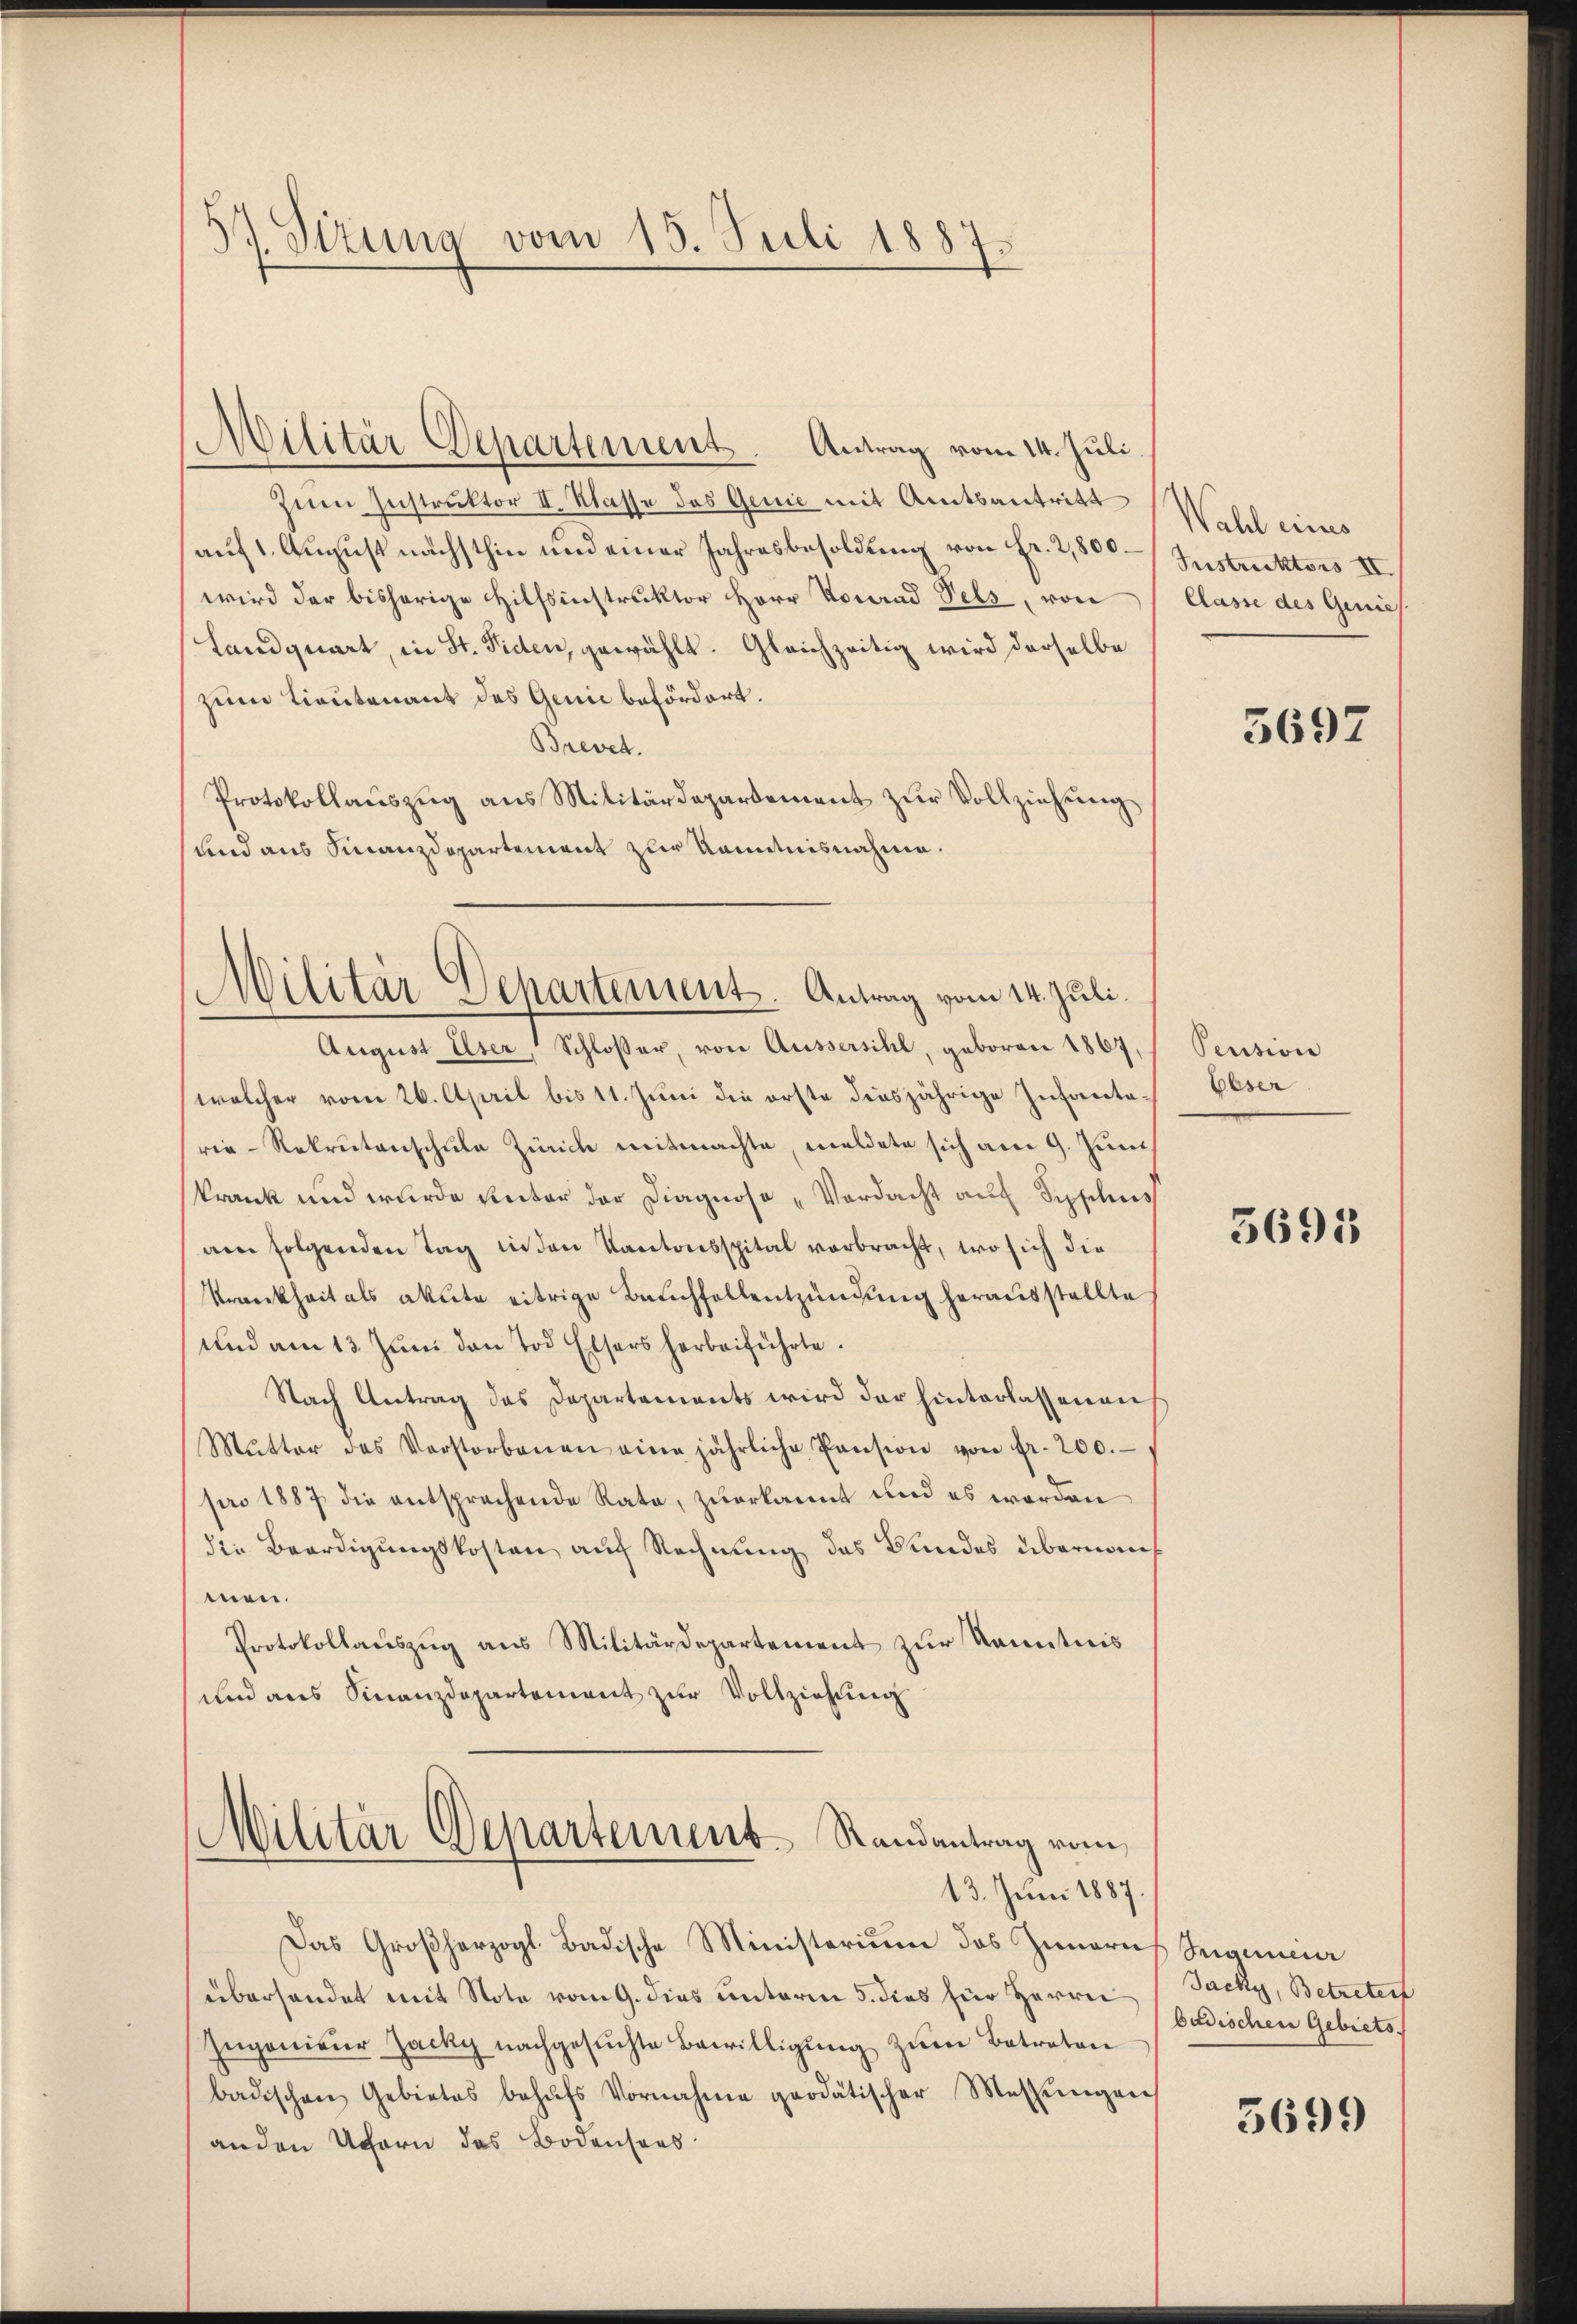
57. Sizung vom 15. Juli 1887.

Militär-Departement. Antrag vom 14. Juli.
zum Instruktor II. Klasse das Genie mit Amtsantritt
auf 1. August nächsthin und einer Jahresbesoldung von Fr. 2,500 Instruktors III
wird der bisherige Hilfsinstruktor Herr Konrad Fels, von
Landquart, in St. Fiden, gewählt. Gleichzeitig wird derselbe
zum Lieutenant des Genie befördert.
Brevet.
Protokollauszug aus Militärdepartement zur Vollziehung
und aus Finanzdepartement zur Kenntnisnahme.

Militär Departement. Antrag vom 14. Juli.

August Elser, Schlosser, von Äussersihl, geboren 1867,
welcher vom 26. April bis 11. Juni die erste diesjährige Infantarie-Rekrutenschule Zürich mitmachte, meldete sich am 9. Juni
krank und wurde unter der Diagnose Verdacht auf Sefilius
am folgenden Tag in den Kantonsspital verbracht, wo sich die
Krankheit als akute eitrige Bauchfellentzündung herausstellte
und am 13. Jŭni den Tod Elsers herbeiführte.
Nach Antrag des Departements wird der hinterlassenen
Mutter des Verstorbenen eine jährliche Pension von Fr. 200.
pro 1887 die entsprechende Rata, zuerkannt und es worden
die Beerdigungskosten auf Rechnung des Bundes übernan
men.
Protokollauszug aus Militärdepartement zur Kenntnis
und aus Finanzdepartement zur Vollziehung

Militär Departement Randantrag vom
13. Juni 1887.

Das Großherzogl. Badische Ministerium das Zunarus Saumeier
übersendet mit Note vom 9. dies unterm 5. dies für Herrn
Ingenieur Zacky nachgesuchte Bewilligung zum Betreten
badischen Gebietes behŭfs Vornahme geodätischer Messŭngen
anden Ufern das Bodensees

Wahl eines
Classe des Genies

5692

Pension
Elser

5695

Jacky, Betreter
badischen Gebiets

5699